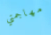
مهاجمتي